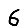
Digit: 6